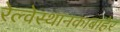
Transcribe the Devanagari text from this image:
रेल्वेस्थानकाबाहेर